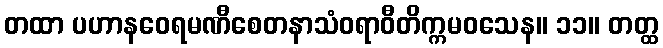
တထာ ပဟာနဝေရမဏီစေတနာသံဝရာဝီတိက္ကမဝသေန။ ၁၁။ တတ္ထ